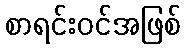
စာရင်းဝင်အဖြစ်